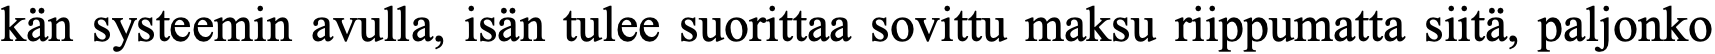
kän systeemin avulla, isän tulee suorittaa sovittu maksu riippumatta siitä, paljonko